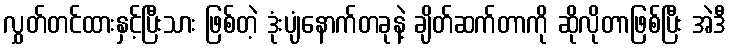
လွှတ်တင်ထားနှင့်ပြီးသား ဖြစ်တဲ့ ဒုံးပျံနောက်တခုနဲ့ ချိတ်ဆက်တာကို ဆိုလိုတာဖြစ်ပြီး အဲဒီ